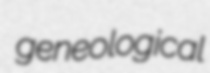
geneological